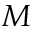
M